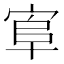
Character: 𰍄